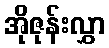
အိုဇုန်းလွှာ